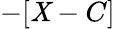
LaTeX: -[\mathit{X}-C]